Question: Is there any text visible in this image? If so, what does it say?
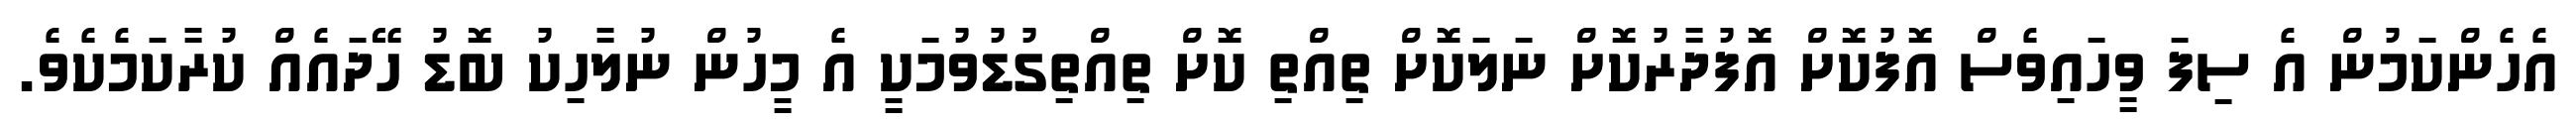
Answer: އެހެންކަމުން އެ ސިފަ ވީހައިވެސް އޮފުކޮށް އޮފުދާރުކޮށް ނަލަކޮށް ތިއްތި ކޮށް ތިއްތިގުޑުވުމަކީ އެ މީހުން ނުލާހިކު ބޮޑު ހޭދައެއް ކުރާކަމެކެވެ.